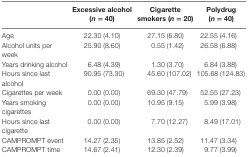
<table><thead><tr><td>[EMPTY_CELL]</td><td><b>Excessive alcohol (<i>n</i> = 40)</b></td><td><b>Cigarette smokers (<i>n</i> = 20)</b></td><td><b>Polydrug (<i>n</i> = 40)</b></td></tr></thead><tbody><tr><td>Age</td><td>22.30 (4.10)</td><td>27.15 (6.80)</td><td>22.55 (4.16)</td></tr><tr><td>Alcohol units per week</td><td>25.90 (8.60)</td><td>0.55 (1.42)</td><td>26.58 (6.88)</td></tr><tr><td>Years drinking alcohol</td><td>6.48 (4.39)</td><td>1.30 (3.70)</td><td>6.84 (3.88)</td></tr><tr><td>Hours since last alcohol</td><td>90.95 (73.30)</td><td>45.60 (107.02)</td><td>105.68 (124.83)</td></tr><tr><td>Cigarettes per week</td><td>0.00 (0.00)</td><td>69.30 (47.79)</td><td>52.55 (27.23)</td></tr><tr><td>Years smoking cigarettes</td><td>0.00 (0.00)</td><td>10.95 (9.15)</td><td>5.99 (3.98)</td></tr><tr><td>Hours since last cigarette</td><td>0.00 (0.00)</td><td>7.70 (12.27)</td><td>8.49 (17.01)</td></tr><tr><td>CAMPROMPT event</td><td>14.27 (2.35)</td><td>13.85 (2.52)</td><td>11.47 (3.34)</td></tr><tr><td>CAMPROMPT time</td><td>14.67 (2.41)</td><td>12.30 (2.39)</td><td>9.77 (3.99)</td></tr></tbody></table>